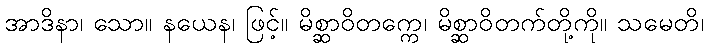
အာဒိနာ၊ သော။ နယေန၊ ဖြင့်။ မိစ္ဆာဝိတက္ကေ၊ မိစ္ဆာဝိတက်တို့ကို။ သမေတိ၊